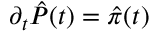
\partial _ { t } \hat { P } ( t ) = \hat { \pi } ( t )